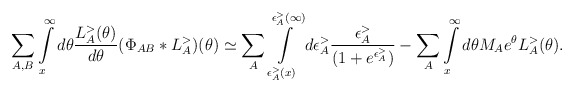
\begin{align*}\sum_{A, B}\int\limits_{x}^{\infty} d \theta \frac{L_A^{>}(\theta) }{d \theta} (\Phi_{AB}* L_{A}^{>}) (\theta) \simeq \sum_{A}\int\limits_{\epsilon_A^{>}(x)}^{\epsilon_A^{>}(\infty)} d \epsilon_A^{>} \frac{\epsilon_A^{>}}{(1+ e^{\epsilon_A^{>}})}- \sum_A \int\limits_{x}^{\infty} d \theta M_A e^\theta L_A^{>}(\theta).\end{align*}